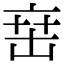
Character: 𬽍